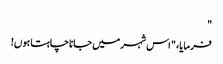
"
فرمایا، " اس شہر میں جانا چاہتا ہوں!